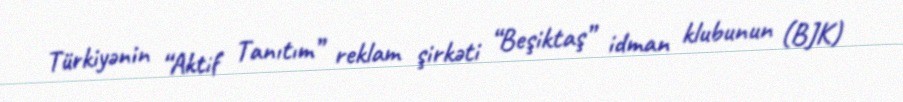
Türkiyənin “Aktif Tanıtım” reklam şirkəti “Beşiktaş” idman klubunun (BJK)